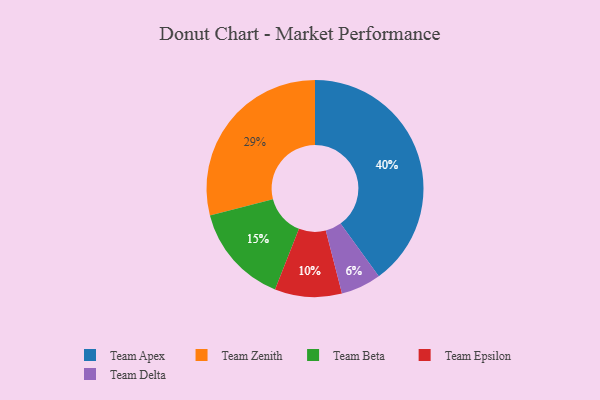
{"axis": {"x": "Category", "y": "Percentage"}, "legend": ["Team Apex", "Team Beta", "Team Delta", "Team Epsilon", "Team Zenith"], "data": [{"x": "Team Epsilon", "y": 10, "type": "Team Epsilon"}, {"x": "Team Beta", "y": 15, "type": "Team Beta"}, {"x": "Team Delta", "y": 6, "type": "Team Delta"}, {"x": "Team Zenith", "y": 29, "type": "Team Zenith"}, {"x": "Team Apex", "y": 40, "type": "Team Apex"}]}